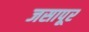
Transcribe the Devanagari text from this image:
जसापूर